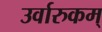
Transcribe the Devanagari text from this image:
उर्वारुकम्